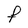
Character: F